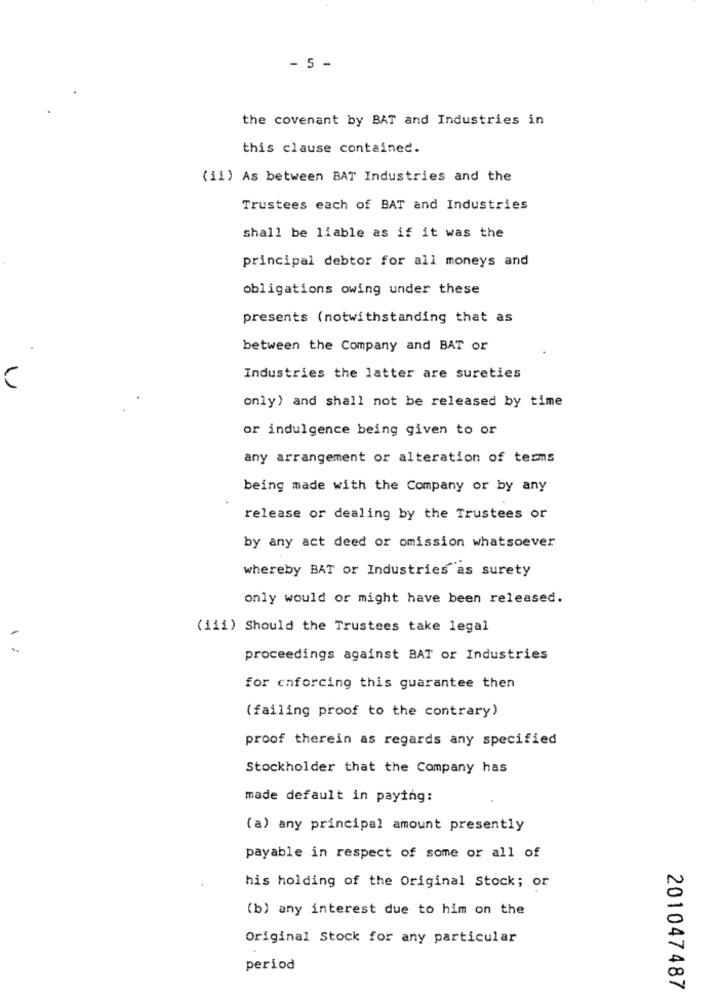
- 5 -
the covenant by BAT and Industries in
this clause contained.
(ii) As between BAT Industries and the
Trustees each of BAT and Industries
shall be liable as if it was the
principal debtor for all moneys and
obligations owing under these
presents (notwithstanding that as
between the Company and BAT or
Industries the latter are sureties
only) and shall not be released by time
or indulgence being given to or
any arrangement or alteration of terms
being made with the Company or by any
release or dealing by the Trustees or
by any act deed or omission whatsoever
whereby BAT or Industries as surety
only would or might have been released.
(iii) Should the Trustees take legal
proceedings against BAT or Industries
for enforcing this guarantee then
( failing proof to the contrary)
proof therein as regards any specified
Stockholder that the Company has
made default in paying:
(a) any principal amount presently
payable in respect of some or all of
his holding of the Original Stock; or
(b) any interest due to him on the
Original Stock for any particular
period
201047487